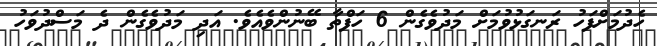
ހެދުމަށްފަހު ރަނގަޅުވުމަށް މަދުވެގެން 6 ހަފްތާ ބޭނުންވެއެވެ. އަދި މަދުވެގެން ދެ މަސްދުވަހު